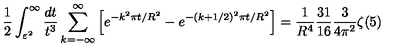
\frac { 1 } { 2 } \int _ { \varepsilon ^ { 2 } } ^ { \infty } \frac { d t } { t ^ { 3 } } \sum _ { k = - \infty } ^ { \infty } \left[ e ^ { - k ^ { 2 } \pi t / R ^ { 2 } } - e ^ { - ( k + 1 / 2 ) ^ { 2 } \pi t / R ^ { 2 } } \right] = \frac { 1 } { R ^ { 4 } } \frac { 3 1 } { 1 6 } \frac { 3 } { 4 \pi ^ { 2 } } \zeta ( 5 )